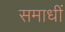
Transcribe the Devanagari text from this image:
समाधीं